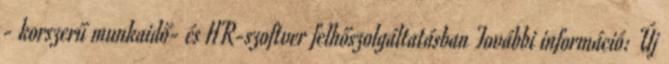
- korszerű munkaidő- és HR-szoftver felhőszolgáltatásban További információ: Új